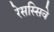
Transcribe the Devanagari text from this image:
रेसस्सिवे